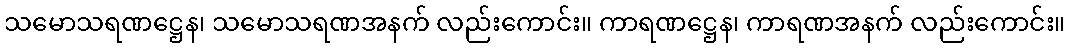
သမောသရဏဋ္ဌေန၊ သမောသရဏအနက် လည်းကောင်း။ ကာရဏဋ္ဌေန၊ ကာရဏအနက် လည်းကောင်း။